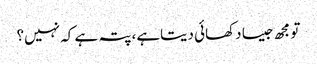
تو مجھ جیسا دکھائی دیتاہے، پتہ ہے کہ نہیں؟